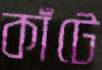
কাঁটে